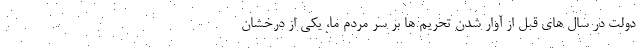
دولت در سال های قبل از آوار شدن تحریم ها بر سر مردم ما، یکی از درخشان